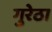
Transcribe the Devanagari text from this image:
गुरेठा